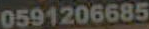
0591206685